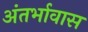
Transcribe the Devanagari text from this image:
अंतर्भावास